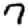
Digit: 7